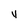
Character: v